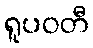
ရူပဝတီ